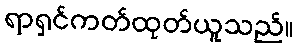
ရာရှင်ကတ်ထုတ်ယူသည်။